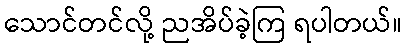
သောင်တင်လို့ ညအိပ်ခဲ့ကြ ရပါတယ်။